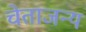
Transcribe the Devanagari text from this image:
चेताजन्य